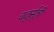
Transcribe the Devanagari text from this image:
चतुर्सूत्री